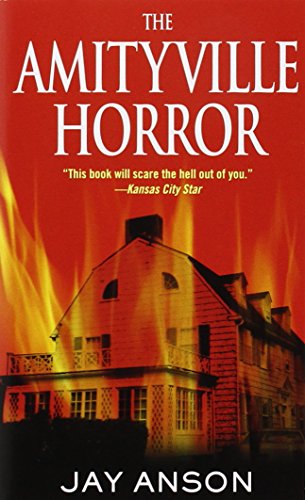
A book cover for The Amityville Horror; Jay Anson; Biographies & Memoirs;